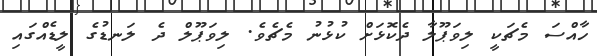
ހާއްސަ މެޗަކީ ލިވަޕޫލާ ދެކޮޅަށް ކުޅުނު މެޗެވެ. ލިވަޕޫލް ދެ ލަނޑުގެ ލީޑެއްގައި